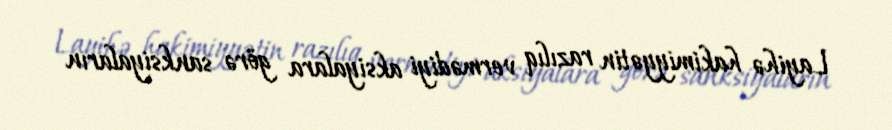
Layihə hakimiyyətin razılıq vermədiyi aksiyalara görə sanksiyaların